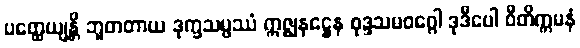
ပတ္ထေယျန္တိ ဘူတတာယ ဒုက္ခသမ္ဖဿံ ဣဇ္ဈနဋ္ဌေန စုဒ္ဒသမဝဂ္ဂေါ ဒုဒီပေါ ဝီတိက္ကမနံ